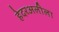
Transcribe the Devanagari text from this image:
हेदरअलीला